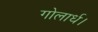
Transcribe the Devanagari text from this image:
गोलार्ध।